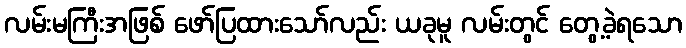
လမ်းမကြီးအဖြစ် ဖော်ပြထားသော်လည်း ယခုမူ လမ်းတွင် တွေ့ခဲ့ရသော